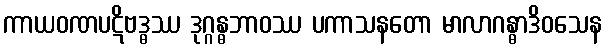
ကာယဝဏပဋိဗဒ္ဓဿ ဒုဂ္ဂန္ဓဘာဝဿ ပကာသနတော မာလာဂန္ဓာဒိဝသေန